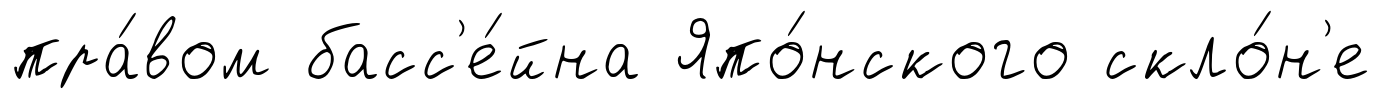
пра́вом басс'е́йна Япо́нского скло́н'е